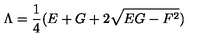
\Lambda = \frac { 1 } { 4 } ( E + G + 2 \sqrt { E G - F ^ { 2 } } )